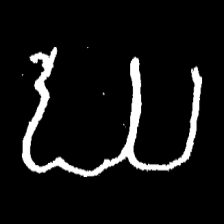
Pyu character \u2014 Myanmar letter: ဃ (romanized: gha)